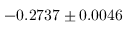
- 0 . 2 7 3 7 \pm 0 . 0 0 4 6